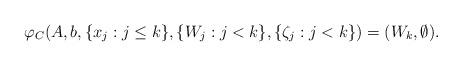
LaTeX: \begin{align*}\varphi_C( A, b, \lbrace x_j : j \leq k \rbrace, \lbrace W_j : j < k \rbrace, \lbrace \zeta_j : j < k \rbrace) = (W_k, \emptyset).\end{align*}